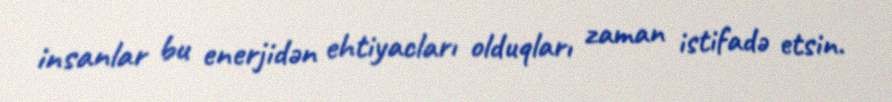
insanlar bu enerjidən ehtiyacları olduqları zaman istifadə etsin.